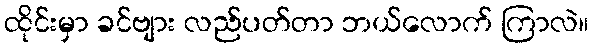
ထိုင်းမှာ ခင်ဗျား လည်ပတ်တာ ဘယ်လောက် ကြာလဲ။